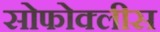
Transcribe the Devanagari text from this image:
सोफोक्लीस